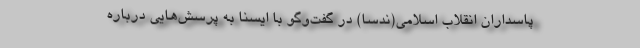
پاسداران انقلاب اسلامی(ندسا) در گفت‌وگو با ایسنا به پرسش‌هایی درباره